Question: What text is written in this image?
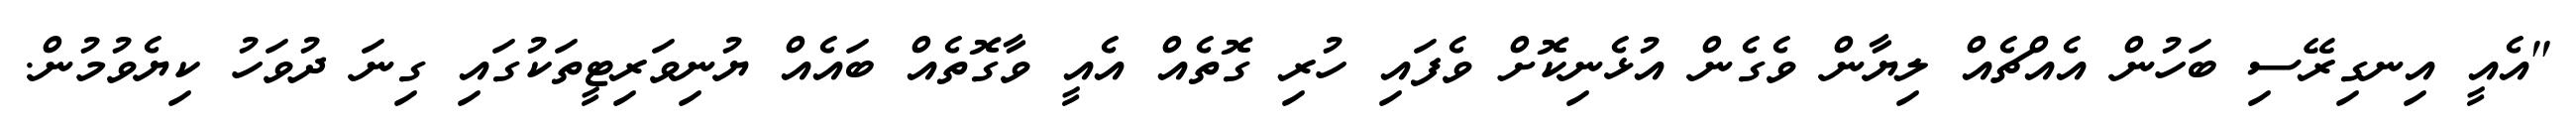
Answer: "އެއީ އިނގިރޭސި ބަހުން އެއްޗެއް ލިޔާން ވެގެން އުޅެނިކޮށް ވެފައި ހުރި ގޮތެއް އެއީ ވާގޮތެއް ބައެއް ޔުނިވަރިޓީތަކުގައި ގިނަ ދުވަހު ކިޔެވުމުން.